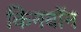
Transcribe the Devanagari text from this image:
किनवॉन